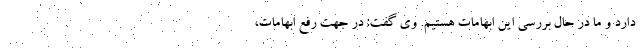
دارد و ما در حال بررسی این ابهامات هستیم. وی گفت: در جهت رفع ابهامات،